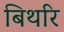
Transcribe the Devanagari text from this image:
बिथरि